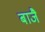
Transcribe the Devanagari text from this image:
बाजै